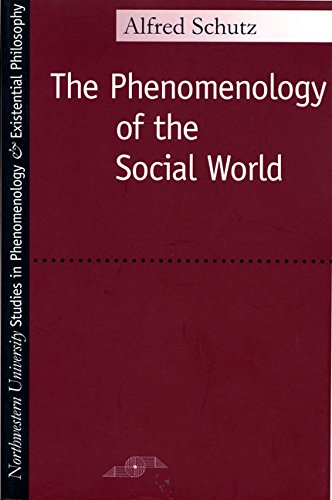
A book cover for Phenomenology of the Social World (Studies in Phenomenology and Existential Philosophy); Alfred Schutz; Politics & Social Sciences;